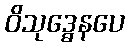
ဝိသုဒ္ဓေနပေ